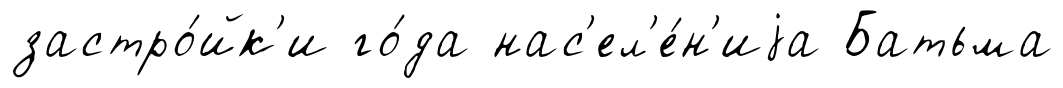
застро́йк'и го́да нас'ел'е́н'иjа Батьма